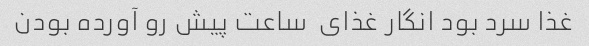
غذا سرد بود انگار غذای  ساعت پیش رو آورده بودن